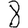
Digit: 8